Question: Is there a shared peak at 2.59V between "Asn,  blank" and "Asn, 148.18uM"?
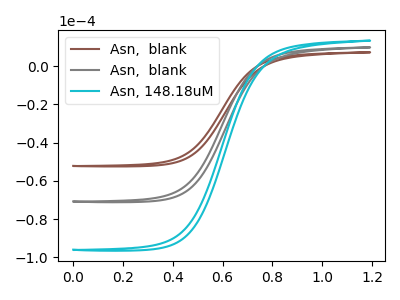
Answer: <think>The brown curve "Asn,  blank" has no peaks. The gray curve "Asn,  blank" has no peaks. The cyan curve "Asn, 148.18uM" has no peaks.</think>
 <answer>No, "Asn,  blank" and "Asn, 148.18uM" dont share a peak at 2.59V.</answer>
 <eval>mismatch</eval>